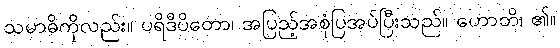
သမာဓိကိုလည်း။ ပရိဒီပိတော၊ အပြည့်အစုံပြအပ်ပြီးသည်။ ဟောတိ၊ ၏။